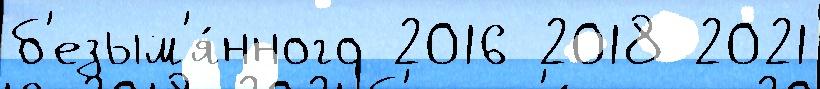
б'езым'я́нного 2016 2018 2021